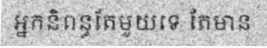
អ្នកនិពន្ធតែមួយទេ តែមាន